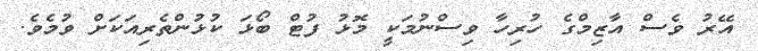
އޭރު ވެސް އާޒިމްގެ ހުރިހާ ވިސްނުމަކީ މޮޅު ފުޓް ބޯޅަ ކުޅުންތެރިއަކަށް ވުމެވެ.